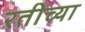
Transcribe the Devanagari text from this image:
रतीच्या